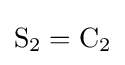
\mathrm {S} _{2}=\mathrm {C} _{2}